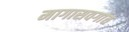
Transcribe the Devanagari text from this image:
मागासवर्गात